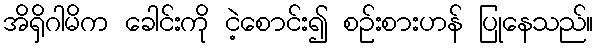
အိရှိဂါမိက ခေါင်းကို ငဲ့စောင်း၍ စဉ်းစားဟန် ပြုနေသည်။